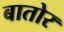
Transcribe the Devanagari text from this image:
बातोर